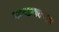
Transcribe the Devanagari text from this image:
कण्टमवच्चा